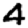
Digit: 4